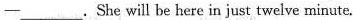
—___.She will be here in just twelve minute.